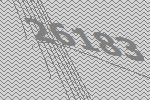
26183